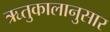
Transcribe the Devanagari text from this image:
ऋतुकालानुसार